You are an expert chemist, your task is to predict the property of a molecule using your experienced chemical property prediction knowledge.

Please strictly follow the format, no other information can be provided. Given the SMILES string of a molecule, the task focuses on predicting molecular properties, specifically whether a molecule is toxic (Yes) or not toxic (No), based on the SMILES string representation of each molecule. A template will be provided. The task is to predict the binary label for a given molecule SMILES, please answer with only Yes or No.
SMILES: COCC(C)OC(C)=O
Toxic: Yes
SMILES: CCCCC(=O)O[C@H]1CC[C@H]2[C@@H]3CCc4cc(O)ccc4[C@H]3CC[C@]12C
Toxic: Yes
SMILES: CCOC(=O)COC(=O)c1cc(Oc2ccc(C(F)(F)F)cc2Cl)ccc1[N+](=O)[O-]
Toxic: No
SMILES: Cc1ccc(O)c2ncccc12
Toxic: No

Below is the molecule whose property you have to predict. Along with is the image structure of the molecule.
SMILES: CCCCCCCCCc1ccc(O)cc1
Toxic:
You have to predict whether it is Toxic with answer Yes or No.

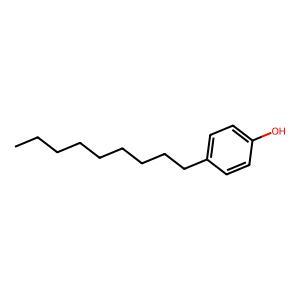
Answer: No